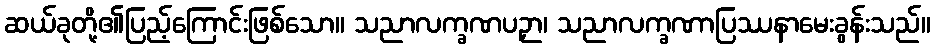
ဆယ်ခုတို့၏ပြည့်ကြောင်းဖြစ်သော။ သညာလက္ခဏပဉှာ၊ သညာလက္ခဏာပြဿနာမေးခွန်းသည်။